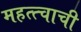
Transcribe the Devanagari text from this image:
महत्त्चाची